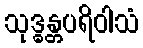
သုဒ္ဓန္တပရိဝါသံ